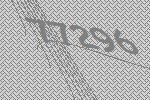
77296